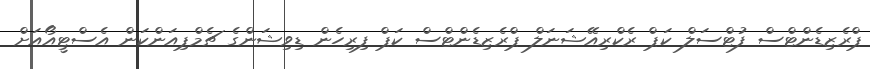
ޕްރެޒިޑެންޓްސް ފުޓްސަލް ކަޕް ރެކްރިއޭޝަނަލް ޕްރެޒިޑެންޓްސް ކަޕް ފިރިހެން ޑިވިޝަންގެ ޗެމްޕިއަންކަން އެސްޓީއޯއަށް